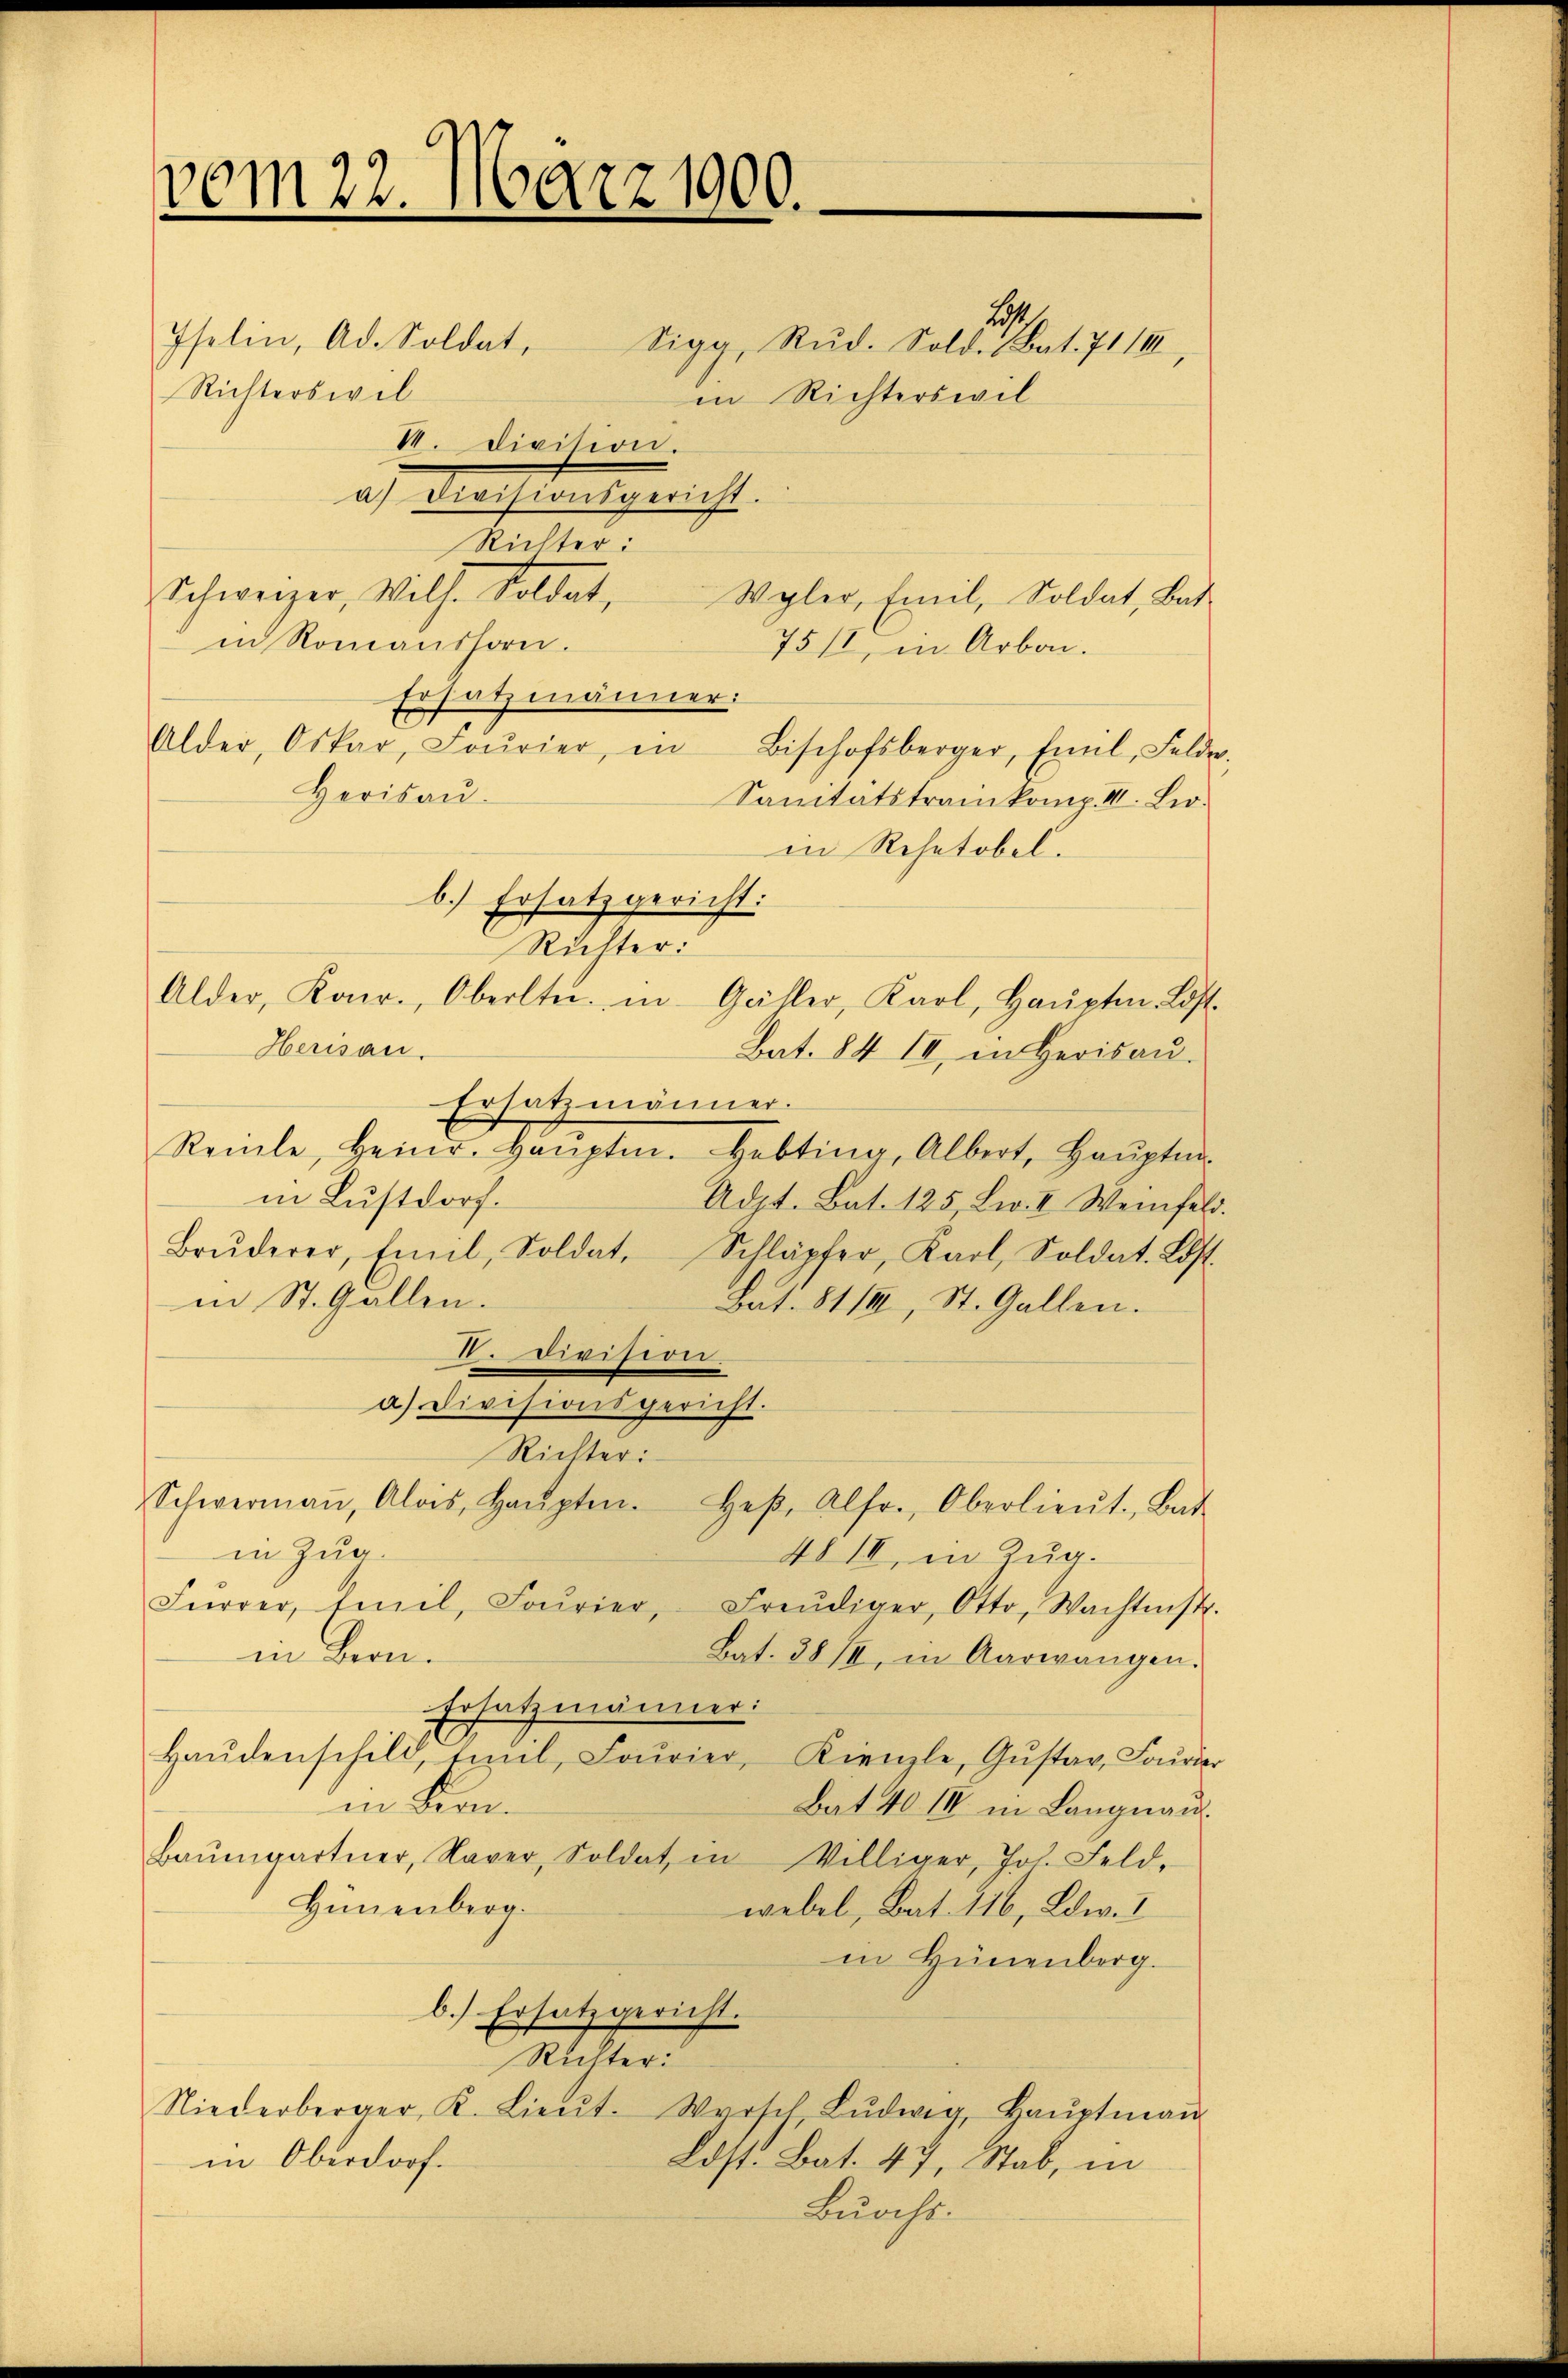
vom 22. März 1900.

Richterswil

29
Iselin, Ad. Soldat, Sigg, Rŭd. Sold. Bat. 711 II
in Richterswil
VI. Division.
a) Divisionsgericht.
Richter:
Schweizer, Wilh. Soldat,
in Romanshorn.
75/1, in Arbon.
Ersatzmänner.
Alder, Oskar, Fourier, in Bischofsberger, Emil Felde
Herisau-
Sanitätstrankomp. II. Lioin Rehetobel.
b.) Ersatzgericht:
Richter:
Alder, Konr., Oberltei. in Gähler, Karl, Haŭptm. Lost.
Herisau.
Bat. 84 II, in Herisau.
Ersatzmänner.
Reile, Heinr. Haŭptm. Hebting, Albert, Haŭptm.
in Lustdorf.
Adjt. Bat. 125, Lw. II. Weinfeld
Brŭderer, Emil, Soldat, Schläpfer, Karl, Soldat. Lost
in St. Gallen.
Bat. 81/III, St. Gallen.
 727
a) Divisionsgericht.
Richter:
Schwermaṅ, Alois, Haŭpten. Heβ, Alfr., Oberlieŭt. Bat
in Zug.
48 III, in Zug.
Fŭrrer, Emil Fourier, Freudiger, Otto. Wachtnis.
in Bern.
Bat. 38 III, in Aarwangen.
Ersatzmänner:
Haŭdenschild, teil, Fourier, Kienzle, Gŭstav, Fourier
in Lan¬
Bat 40 III in Langnau.
Baŭmgartner, Naver, Soldat in Villiger, Joh. Feld-
Hünenberg.
webel, Bat. 116, Edw. I
in Hünenberg.
b.) Ersatzgericht.
Richter:
Niederberger, K. Lieŭt. Warsch Lŭdwig, Haŭptmaṅ
Ldst. Bat. 47, Stab, in
in Oberdorf.

Buochs.

Wyler, Emil, Soldat, Bat